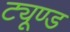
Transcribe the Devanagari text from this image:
ट्यूण्ड